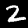
Digit: 2